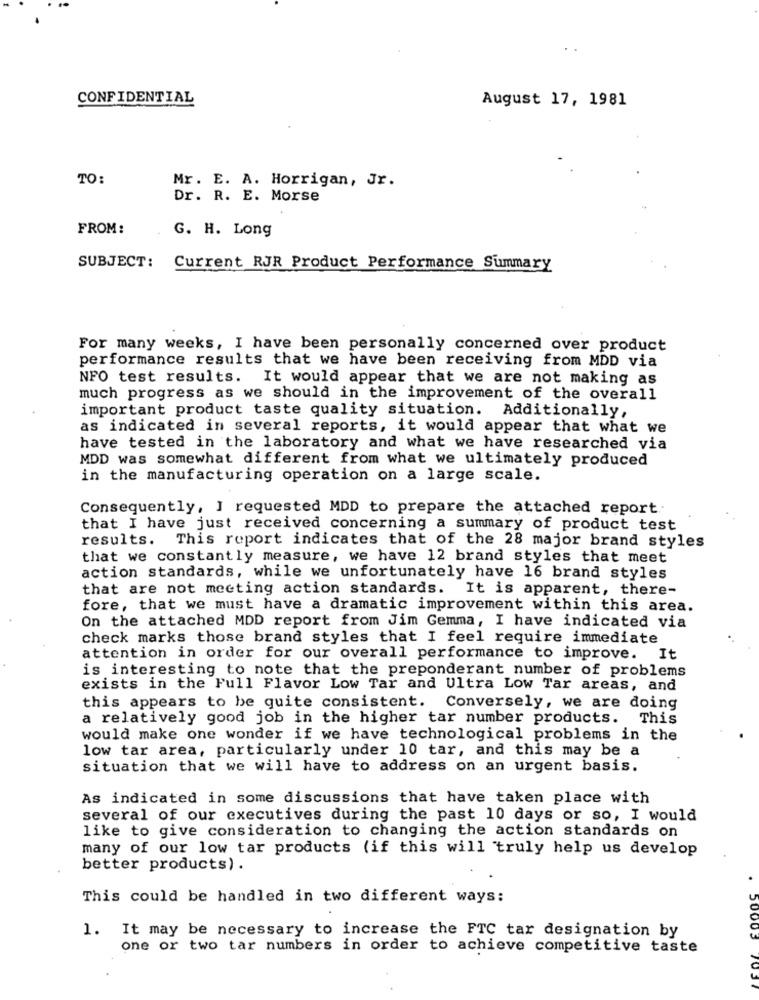
CONFIDENTIAL
August 17, 1981
TO:
Mr. E. A. Horrigan, Jr.
Dr. R. E. Morse
FROM:
G. H. Long
SUBJECT: Current RJR Product Performance Summary
For many weeks, I have been personally concerned over product
performance results that we have been receiving from MDD via
NFO test results. It would appear that we are not making as
much progress as we should in the improvement of the overall
important product taste quality situation. Additionally,
as indicated in several reports, it would appear that what we
have tested in the laboratory and what we have researched via
MDD was somewhat different from what we ultimately produced
in the manufacturing operation on a large scale.
Consequently, I requested MDD to prepare the attached report
that I have just received concerning a summary of product test
results. This report indicates that of the 28 major brand styles
that we constantly measure, we have 12 brand styles that meet
action standards, while we unfortunately have 16 brand styles
that are not meeting action standards. It is apparent, there-
fore, that we must have a dramatic improvement within this area.
On the attached MDD report from Jim Gemma, I have indicated via
check marks those brand styles that I feel require immediate
attention in order for our overall performance to improve.
is interesting to note that the preponderant number of problems
exists in the Full Flavor Low Tar and Ultra Low Tar areas, and
this appears to be quite consistent. Conversely, we are doing
a relatively good job in the higher tar number products. This
would make one wonder if we have technological problems in the
low tar area, particularly under 10 tar, and this may be a
situation that we will have to address on an urgent basis.
As indicated in some discussions that have taken place with
several of our executives during the past 10 days or so, I would
like to give consideration to changing the action standards on
many of our low tar products (if this will truly help us develop
better products).
This could be handled in two different ways:
1. It may be necessary to increase the FTC tar designation by
one or two tar numbers in order to achieve competitive taste